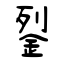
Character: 銐